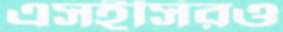
এসইসিরও